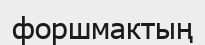
форшмактың